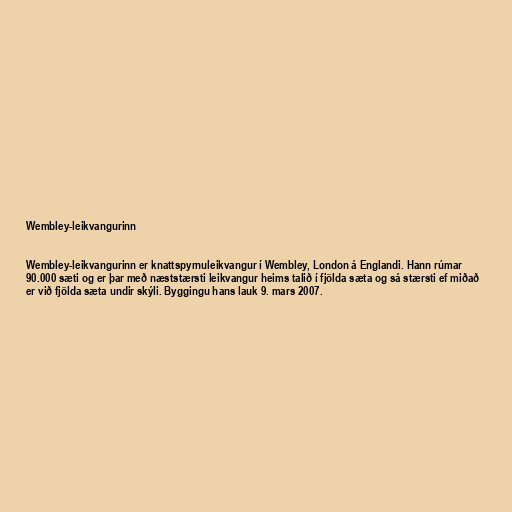
Wembley-leikvangurinn

Wembley-leikvangurinn er knattspyrnuleikvangur í Wembley, London á Englandi. Hann rúmar
90.000 sæti og er þar með næststærsti leikvangur heims talið í fjölda sæta og sá stærsti ef miðað
er við fjölda sæta undir skýli. Byggingu hans lauk 9. mars 2007.